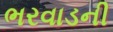
ભરવાડની